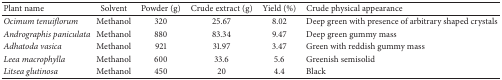
| Plant name | Solvent | Powder (g) | Crude extract (g) | Yield (%) | Crude physical appearance |
 | --- | --- | --- | --- | --- | --- |
 | Ocimum tenuiflorum | Methanol | 320 | 25.67 | 8.02 | Deep green with presence of arbitrary shaped crystals |
 | Andrographis paniculata | Methanol | 880 | 83.34 | 9.47 | Deep green gummy mass |
 | Adhatoda vasica | Methanol | 921 | 31.97 | 3.47 | Green with reddish gummy mass |
 | Leea macrophylla | Methanol | 600 | 33.6 | 5.6 | Greenish semisolid |
 | Litsea glutinosa | Methanol | 450 | 20 | 4.4 | Black |